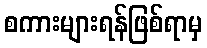
စကားများရန်ဖြစ်ရာမှ